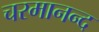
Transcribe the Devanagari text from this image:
चरमानन्द